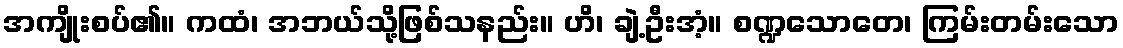
အကျိုးစပ်၏။ ကထံ၊ အဘယ်သို့ဖြစ်သနည်း။ ဟိ၊ ချဲ့ဦးအံ့။ စဏ္ဍသောတေ၊ ကြမ်းတမ်းသော